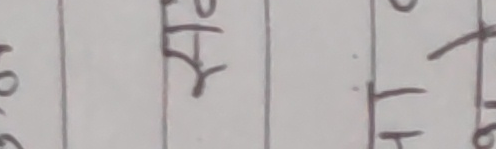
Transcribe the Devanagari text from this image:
१०.०.६ प्र रि टो ते ठ